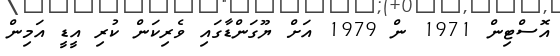
އޮސްޓިން 1971 ން 1979 އަށް ޔޫގަންޑާގައި ވެރިކަން ކުރި އީޑީ އަމިން